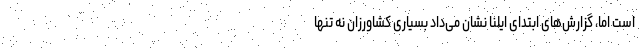
است اما، گزارش‌های ابتدای ایلنا نشان می‌داد بسیاری کشاورزان نه تنها